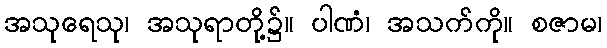
အသုရေသု၊ အသုရာတို့၌။ ပါဏံ၊ အသက်ကို။ စဇာမ၊